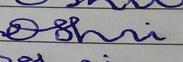
Signature authenticity: forged